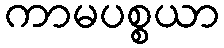
ကာမပစ္စယာ